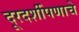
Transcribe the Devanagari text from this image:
दूरदर्शीपणाचे